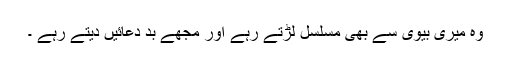
وہ میری بیوی سے بھی مسلسل لڑتے رہے اور مجھے بد دعائیں دیتے رہے ۔